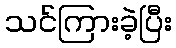
သင်ကြားခဲ့ပြီး